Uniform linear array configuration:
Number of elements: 64
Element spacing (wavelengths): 1
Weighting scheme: cosine
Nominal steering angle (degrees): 15
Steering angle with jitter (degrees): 15.871
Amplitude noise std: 0.05
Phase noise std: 0.05

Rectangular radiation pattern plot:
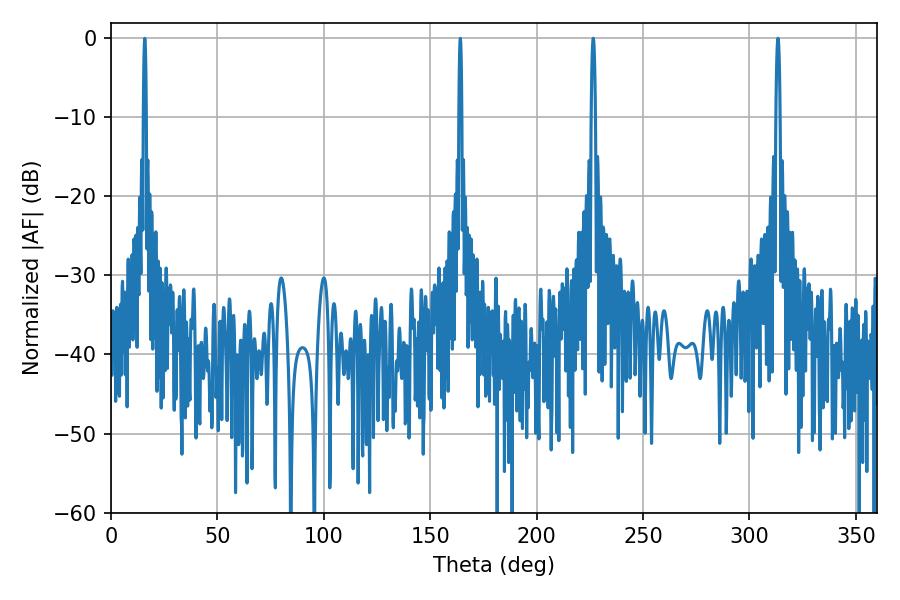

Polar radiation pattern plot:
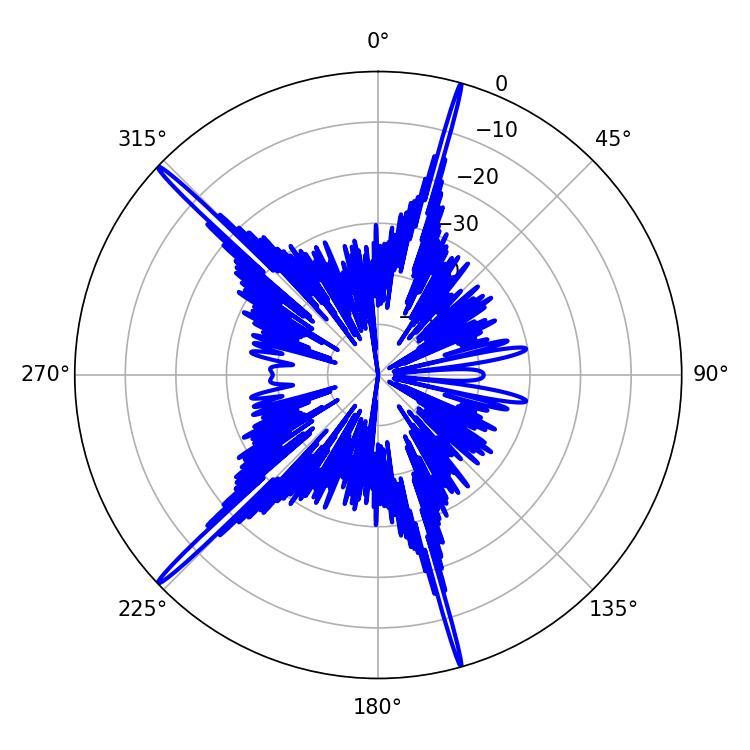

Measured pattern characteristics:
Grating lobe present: TRUE
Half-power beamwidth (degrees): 1.08
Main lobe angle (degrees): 313.38